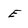
Character: E